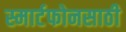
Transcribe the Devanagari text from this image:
स्मार्टफोनसाठी